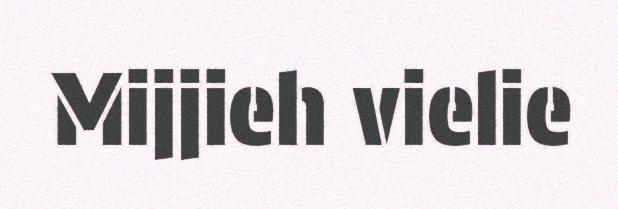
Mijjieh vielie